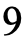
9